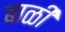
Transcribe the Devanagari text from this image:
बाळी